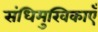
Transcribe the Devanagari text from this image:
संधिमुखिकाएँ